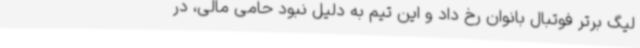
لیگ برتر فوتبال بانوان رخ داد و این تیم به دلیل نبود حامی مالی، در